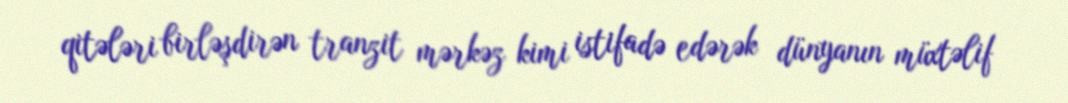
qitələri birləşdirən tranzit mərkəz kimi istifadə edərək dünyanın müxtəlif